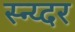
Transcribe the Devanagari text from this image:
स्न्य्दर